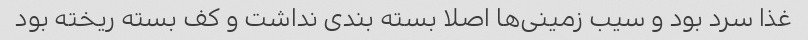
غذا سرد بود و سیب زمینی‌ها اصلا بسته بندی نداشت و کف بسته ریخته بود